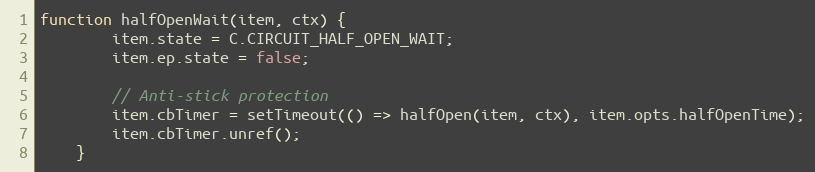
Language: JavaScript
function halfOpenWait(item, ctx) {
		item.state = C.CIRCUIT_HALF_OPEN_WAIT;
		item.ep.state = false;

		// Anti-stick protection
		item.cbTimer = setTimeout(() => halfOpen(item, ctx), item.opts.halfOpenTime);
		item.cbTimer.unref();
	}